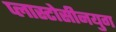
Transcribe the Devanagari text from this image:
प्लास्टोसीनयुग